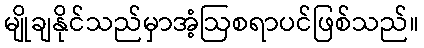
မျိုချနိုင်သည်မှာအံ့ဩစရာပင်ဖြစ်သည်။